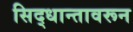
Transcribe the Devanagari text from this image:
सिद्धान्तावरून